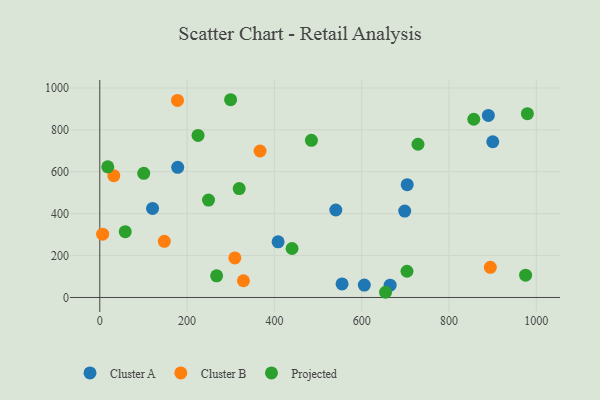
{"axis": {"x": "Experience", "y": "Salary"}, "legend": ["Cluster A", "Cluster B", "Projected"], "data": [{"x": "665.2", "y": 58.8, "type": "Cluster A"}, {"x": "555.1", "y": 64.8, "type": "Cluster A"}, {"x": "540.7", "y": 417.6, "type": "Cluster A"}, {"x": "606.0", "y": 59.3, "type": "Cluster A"}, {"x": "704.3", "y": 538.8, "type": "Cluster A"}, {"x": "900.3", "y": 743.6, "type": "Cluster A"}, {"x": "698.6", "y": 412.3, "type": "Cluster A"}, {"x": "890.2", "y": 869.2, "type": "Cluster A"}, {"x": "120.9", "y": 425.4, "type": "Cluster A"}, {"x": "178.5", "y": 621.4, "type": "Cluster A"}, {"x": "408.5", "y": 265.7, "type": "Cluster A"}, {"x": "147.8", "y": 267.9, "type": "Cluster B"}, {"x": "894.7", "y": 144.1, "type": "Cluster B"}, {"x": "32.1", "y": 581.4, "type": "Cluster B"}, {"x": "329.1", "y": 79.9, "type": "Cluster B"}, {"x": "367.2", "y": 699.4, "type": "Cluster B"}, {"x": "6.5", "y": 302.0, "type": "Cluster B"}, {"x": "309.4", "y": 188.6, "type": "Cluster B"}, {"x": "178.0", "y": 940.8, "type": "Cluster B"}, {"x": "440.5", "y": 233.9, "type": "Projected"}, {"x": "249.1", "y": 465.1, "type": "Projected"}, {"x": "856.8", "y": 851.0, "type": "Projected"}, {"x": "975.5", "y": 106.6, "type": "Projected"}, {"x": "18.3", "y": 624.0, "type": "Projected"}, {"x": "299.7", "y": 944.2, "type": "Projected"}, {"x": "225.1", "y": 773.5, "type": "Projected"}, {"x": "319.4", "y": 519.8, "type": "Projected"}, {"x": "484.8", "y": 750.4, "type": "Projected"}, {"x": "703.8", "y": 125.2, "type": "Projected"}, {"x": "729.0", "y": 731.7, "type": "Projected"}, {"x": "58.3", "y": 314.0, "type": "Projected"}, {"x": "267.7", "y": 103.2, "type": "Projected"}, {"x": "979.6", "y": 877.5, "type": "Projected"}, {"x": "654.6", "y": 24.8, "type": "Projected"}, {"x": "100.7", "y": 592.6, "type": "Projected"}]}